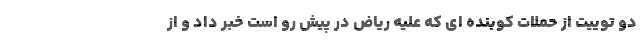
دو توییت از حملات کوبنده ای که علیه ریاض در پیش رو است خبر داد و از